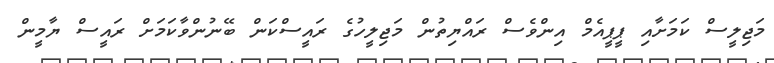
މަޖިލީސް ކަމަށާއި ޕީޕީއެމް އިންވެސް ރައްޔިތުން މަޖިލީހުގެ ރައީސްކަން ބޭނުންވާކަމަށް ރައީސް ޔާމީން